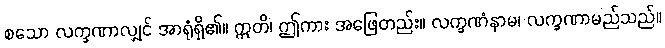
စသော လက္ခဏာလျှင် အာရုံရှိ၏။ ဣတိ၊ ဤကား အဖြေတည်း။ လက္ခဏံနာမ၊ လက္ခဏာမည်သည်။